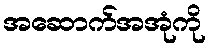
အဆောက်အအုံကို